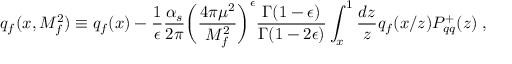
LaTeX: q _ { f } ( x , M _ { f } ^ { 2 } ) \equiv q _ { f } ( x ) - { \frac { 1 } { \epsilon } } { \frac { \alpha _ { s } } { 2 \pi } } { \biggl ( { \frac { 4 \pi \mu ^ { 2 } } { M _ { f } ^ { 2 } } } \biggr ) } ^ { \epsilon } { \frac { \Gamma ( 1 - \epsilon ) } { \Gamma ( 1 - 2 \epsilon ) } } \int _ { x } ^ { 1 } { \frac { d z } { z } } q _ { f } ( x / z ) P _ { q q } ^ { + } ( z ) \; ,